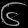
Digit: ၆